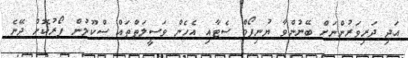
އަދި ދަރިވަރުންނަށް ބޭނުންވާ ޔުނިފޯމް ސެޓާއި އެހެން ވަސީލަތްތައް ސްކޫލުން ފޯރުކޮށް ދޭނެ